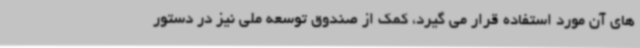
های آن مورد استفاده قرار می گیرد، کمک از صندوق توسعه ملی نیز در دستور